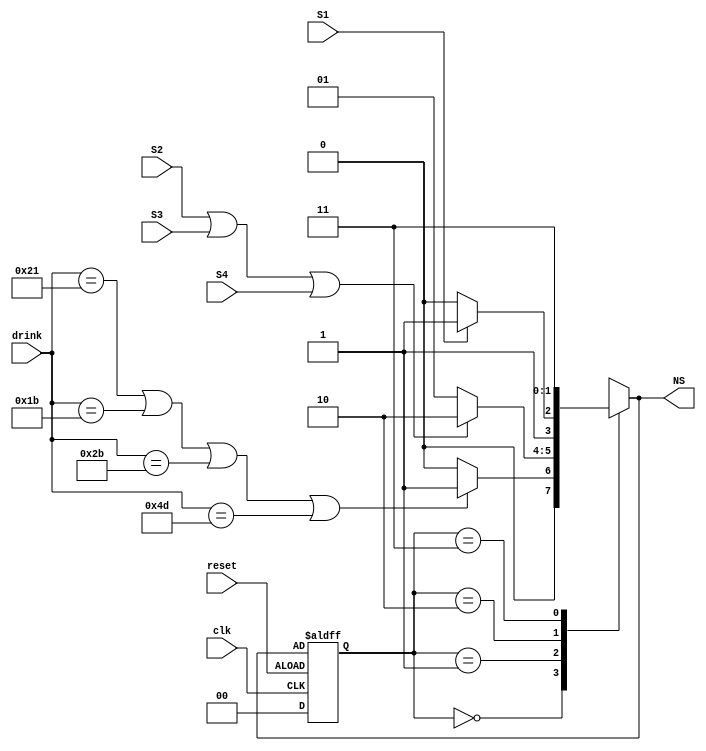
module State(NS, S1, S2, S3, S4, reset, clk, drink);
input S1, S2, S3, S4, reset, clk;
input [7:0]drink;
output reg [1:0]NS;
reg [1:0]CS;
parameter Init = 2'b00, Select = 2'b01, Pay = 2'b10, Done = 2'b11;
parameter C = 8'h21;
parameter S = 8'h1B;
parameter F = 8'h2B;
parameter P = 8'h4D;
always @(posedge clk or posedge reset) begin: SEQ
    if (!reset)
        CS <= Init;
    else
        CS <= NS;
    end
always @(*) begin: COMB
    NS = Init;
    case (CS)
        Init: begin
            if(drink == C || drink == S || drink == F || drink == P)
                NS = Select;
            else
                NS = Init;
        end
        Select: begin
            if (S2 || S3 || S4)
                NS = Pay;
            else
                NS = Select;
        end
        Pay: begin
            if (S1)
                NS = Done;
            else
                NS = Pay;
        end
        Done: begin
                NS = Done;
        end
    endcase
end
endmodule